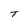
Character: T